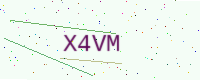
Text: X4VM